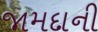
જામદાની